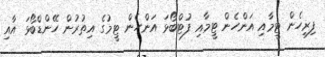
ފިރިހެން ޓީމާއި އަންހެން ޓީމާއި ފުޓްބޯޅަ އަންހެން ޓީމުގެ އިތުރުން ހޭންޑްބޯޅަ އާއި